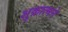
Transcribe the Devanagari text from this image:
शुक्रात्मने